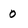
Character: 0